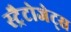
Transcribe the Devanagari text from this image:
स्ट्रैटोजेट्स